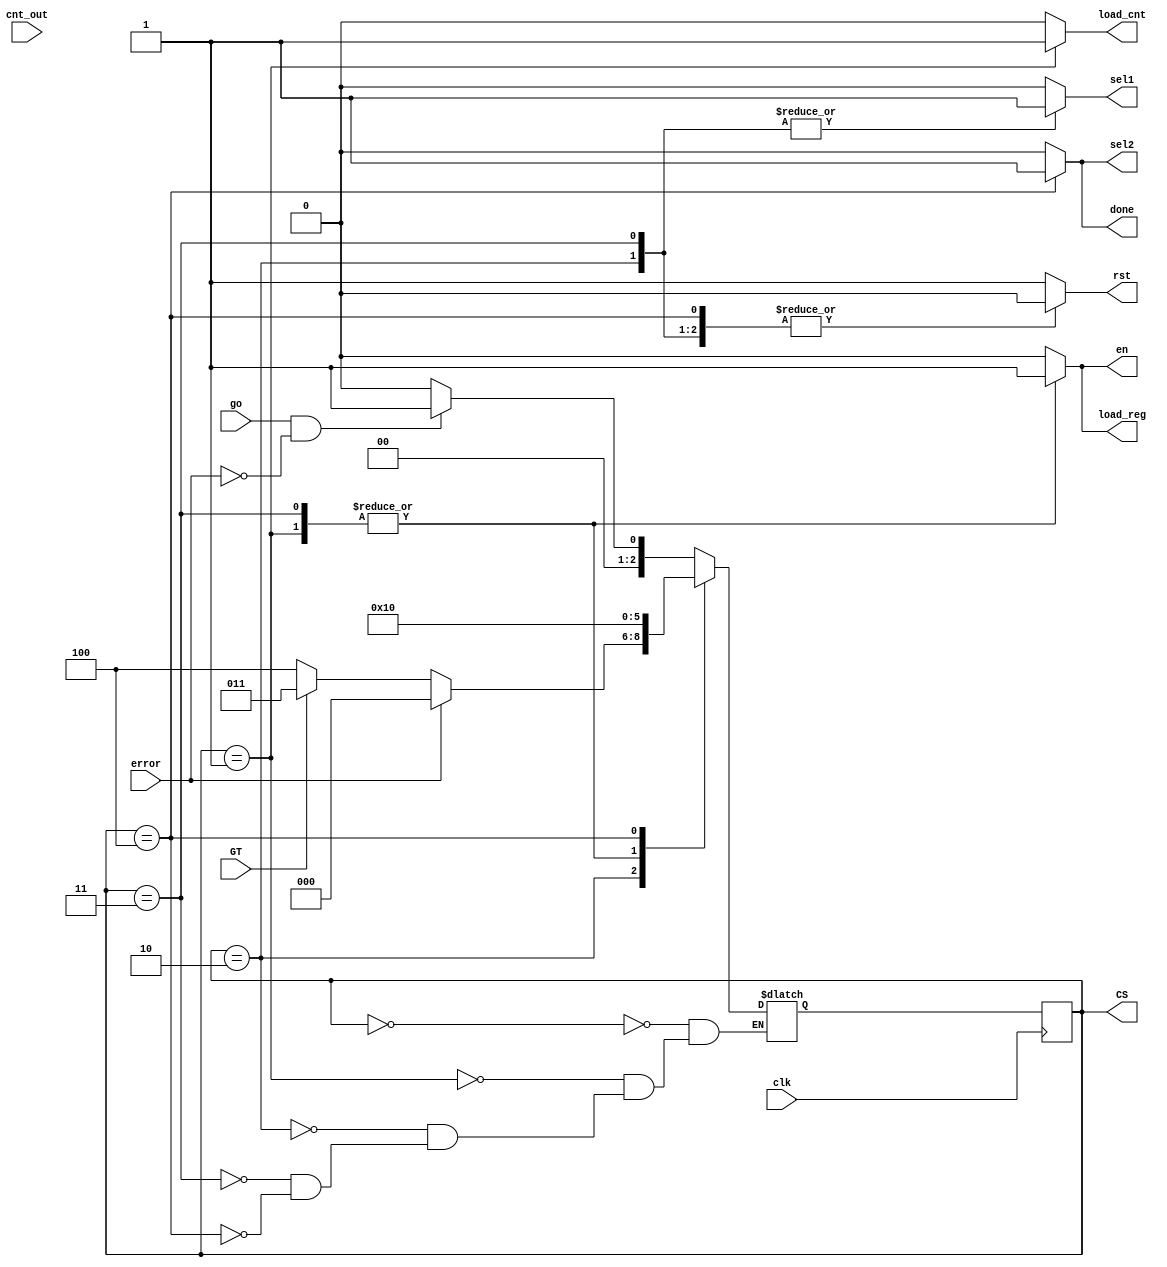
`timescale 1ns / 1ps


module CU(
input clk, go, error, GT,
    	input [3:0] cnt_out,
    	output reg load_cnt, en, load_reg,
    	output reg sel1, sel2, done, rst,  	
    	output reg [2:0] CS);
	
	parameter S0 = 3'b000,
          	S1 = 3'b001,
          	S2 = 3'b010,
          	S3 = 3'b011,
          	S4 = 3'b100;
          	
	reg [2:0] NS;
	
	initial
	begin
    	CS = S0;
    	NS = S0;
	end
	
	always @ (posedge clk)
	begin
    	CS <= NS;
	end
	
	always @ (CS, error, go, GT)
	begin
    	case (CS)
        	S0: NS = (go == 1'b1 && error == 1'b0) ? S1 : S0;
        	S1: NS = S2;
        	S2:
        	begin
            	if (error == 1'b1)
                	NS = S0;
            	else if (GT == 1'b0)
                	NS = S4;
            	else
                	NS = S3;
        	end
        	S3: NS = S2;
        	S4: NS = S0;
    	endcase
	end
	
	always @ (CS)
	begin
    	case (CS)
        	S0:
        	begin  
            	    	load_cnt <= 0;
            	    	en <= 0;
            	    	load_reg <= 0;
            	    	sel1 <= 0;
            	    	sel2 <= 0;
            	    	done <= 0;
            	    	rst <= 1;
        	end
        	S1:
        	    	begin
            	    	load_cnt <= 1;
            	    	en <= 1;
            	    	load_reg <= 1;
            	    	sel1 <= 0;
            	    	sel2 <= 0;
            	    	done <= 0;
            	    	rst <= 0;
        	end
        	S2:
        	begin
            	    	load_cnt <= 0;
            	    	en <= 0;
            	    	load_reg <= 0;
            	    	sel1 <= 1;
            	    	sel2 <= 0;
            	    	done <= 0;
            	    	rst <= 0;
        	end
        	S3:
        	    	begin
            	    	load_cnt <= 0;
            	    	en <= 1;
            	    	load_reg <= 1;
            	    	sel1 <= 1;
            	    	sel2 <= 0;
            	    	done <= 0;
            	    	rst <= 0;
        	end
        	S4:
        	begin
            	    	load_cnt <= 0;
            	    	en <= 0;
            	    	load_reg <= 0;
            	    	sel1 <= 0;
            	    	sel2 <= 1;
            	    	done <= 1;
            	    	rst <= 0;
        	end
        	default:
        	begin
            	    	load_cnt = 0;
            	    	en = 0;
            	    	load_reg = 0;
            	    	sel1 = 0;
            	    	sel2 = 0;
            	    	done = 0;
            	    	rst = 1;
        	end
   	endcase
	end
endmodule